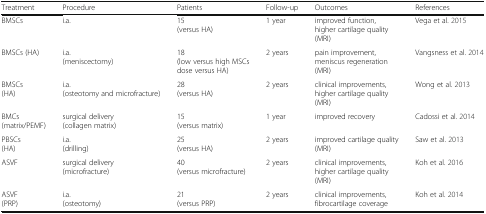
| Treatment | Procedure | Patients | Follow-up | Outcomes | References |
 | --- | --- | --- | --- | --- | --- |
 | BMSCs | i.a. | 15(versus HA) | 1 year | improved function,higher cartilage quality (MRI) | Vega et al. 2015 |
 | BMSCs (HA) | i.a.(meniscectomy) | 18(low versus high MSCs dose versus HA) | 2 years | pain improvement,meniscus regeneration (MRI) | Vangsness et al. 2014 |
 | BMSCs(HA) | i.a.(osteotomy and microfracture) | 28(versus HA) | 2 years | clinical improvements,higher cartilage quality (MRI) | Wong et al. 2013 |
 | BMCs(matrix/PEMF) | surgical delivery(collagen matrix) | 15(versus matrix) | 1 year | improved recovery | Cadossi et al. 2014 |
 | PBSCs(HA) | i.a.(drilling) | 25(versus HA) | 2 years | improved cartilage quality (MRI) | Saw et al. 2013 |
 | ASVF | surgical delivery(microfracture) | 40(versus microfracture) | 2 years | clinical improvements,higher cartilage quality (MRI) | Koh et al. 2016 |
 | ASVF(PRP) | i.a.(osteotomy) | 21(versus PRP) | 2 years | clinical improvements,fibrocartilage coverage | Koh et al. 2014 |